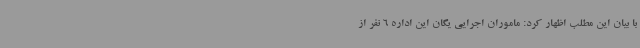
با بیان این مطلب اظهار کرد: ماموران اجرایی یگان این اداره 6 نفر از